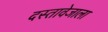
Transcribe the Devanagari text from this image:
दस्तावेजाला